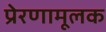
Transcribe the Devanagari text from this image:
प्रेरणामूलक